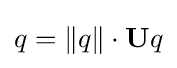
q=\lVert q\rVert \cdot \mathbf {U} q